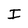
Character: I